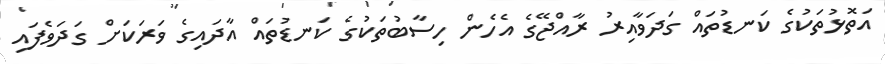
އަތޮޅުތަކުގެ ކަނޑުތައް ގަދަވާއިރު ރާއްޖޭގެ އެހެން ހިސާބުތަކުގެ ކަނޑުތައް އާދައިގެ ވަރަކަށް ގަދަވެފައި